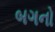
બગનો